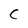
Character: C